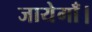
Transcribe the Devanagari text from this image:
जायेगाँ।